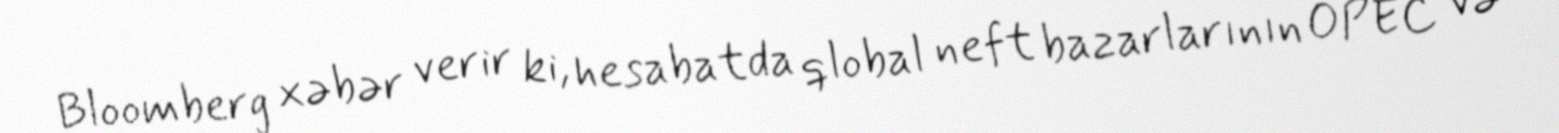
Bloomberg xəbər verir ki, hesabatda qlobal neft bazarlarının OPEC və